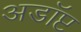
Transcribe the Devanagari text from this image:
अडॉप्ट